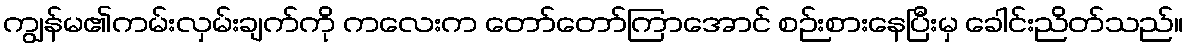
ကျွန်မ၏ကမ်းလှမ်းချက်ကို ကလေးက တော်တော်ကြာအောင် စဉ်းစားနေပြီးမှ ခေါင်းညိတ်သည်။